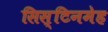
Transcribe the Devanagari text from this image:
सिस्टिनमेह